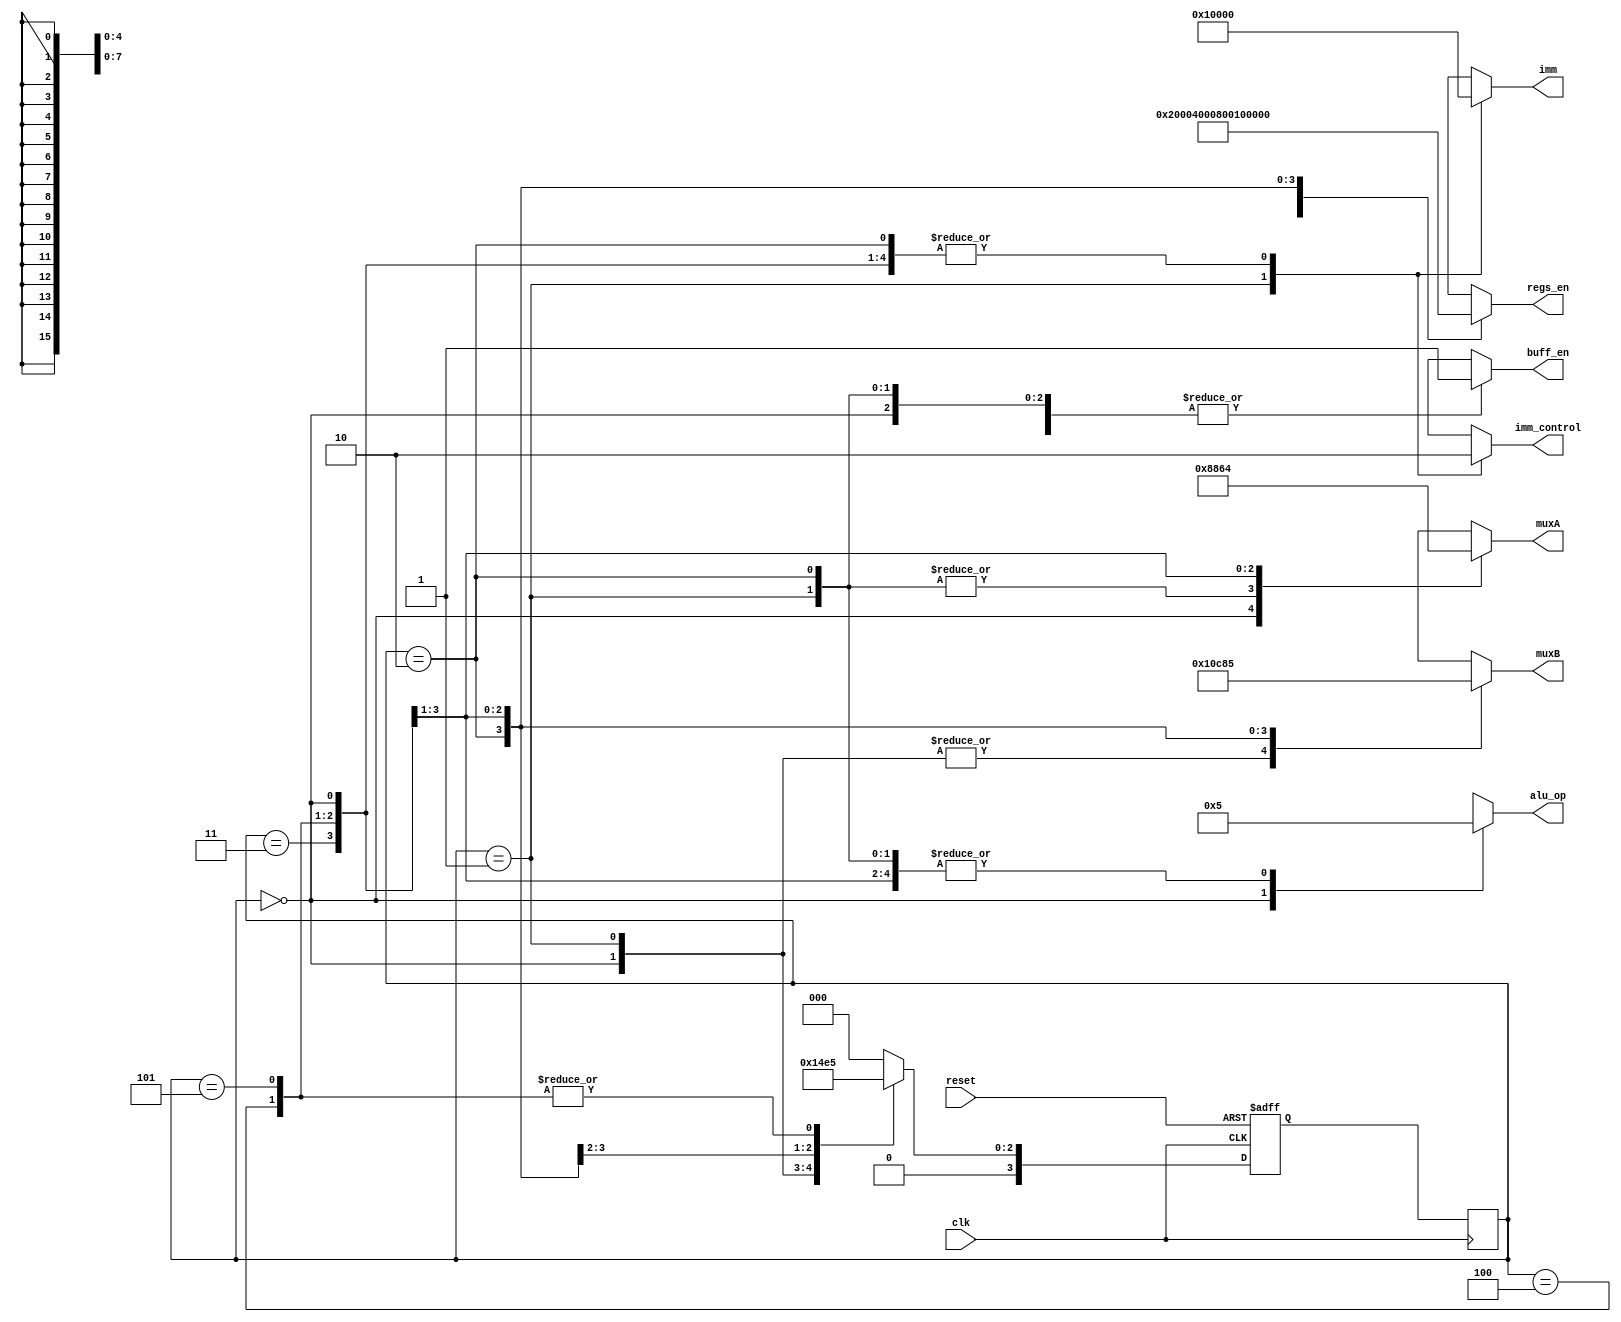
module Fib_Fsm(clk, reset, alu_op, muxA, muxB, regs_en, imm, buff_en, imm_control);
	input clk, reset;
	output reg [7:0] alu_op;
	output reg [4:0] muxA;
	output reg [4:0] muxB;
	output reg [15:0] regs_en; 
	output reg [15:0] imm;
	output reg buff_en;
	output reg imm_control;
	
	reg [3:0] state; 
	reg [3:0] nextState; 
	
	parameter [3:0] S0 = 4'b0000, S1 = 4'b0001, 
		S2 = 4'b0010, S3 = 4'b0011, 
		S4 = 4'b0100, S5 = 4'b0101;
	always @(negedge clk) begin
		state <= nextState;
	end
	
	always @(posedge clk, negedge reset)begin
		if (!reset)
			nextState <= S0;
		else begin
			case(state)
				S0: nextState <= S1;
				S1: nextState <= S2;
				S2: nextState <= S3;
				S3: nextState <= S4;
				S4: nextState <= S5;
				S5: nextState <= S5;
			default: nextState <= S0;
			endcase
			end
		end
		
	always @(state)
	begin
		case (state)
			 S0: begin alu_op = 0; muxA = 0; muxB = 0; regs_en = 0; imm = 0; buff_en = 1	; imm_control = 0; end // Reset (shows 0)
			 S1: begin alu_op = 8'b00000101; muxA = 5'b00001; muxB = 5'b00000; regs_en = 16'b0000000000000010; imm = 16'b0000000000000001; buff_en = 1; imm_control = 1;end // add 1(Imm) to R0. R1 = R0 + 1
			 S2: begin alu_op = 8'b00000101; muxA = 5'b00001; muxB = 5'b00010; regs_en = 16'b0000000000000100; imm = 0; buff_en = 1; imm_control = 0;end // R1+R0 = R2
			 S3: begin alu_op = 8'b00000101; muxA = 5'b00010; muxB = 5'b00011; regs_en = 16'b0000000000001000; imm = 0; buff_en = 1; imm_control = 0;end // R2+R1 = R3
			 S4: begin alu_op = 8'b00000101; muxA = 5'b00011; muxB = 5'b00100; regs_en = 16'b0000000000010000; imm = 0; buff_en = 1; imm_control = 0;end // R3+R2 = R4
			 S5: begin alu_op = 8'b00000101; muxA = 5'b00100; muxB = 5'b00101; regs_en = 16'b0000000000100000; imm = 0; buff_en = 1; imm_control = 0;end // R4+R3 = R5
			default: begin alu_op = 8'hxx; muxA = 5'bxxxxx; muxB = 5'bxxxxx; regs_en = 16'bxxxxxxxxxxxxxxxx; imm = 16'bxxxxxxxxxxxxxxxx; buff_en = 1'bx; imm_control = 1'bx; end
		endcase	
	end
endmodule